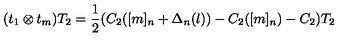
( t _ { 1 } \otimes t _ { m } ) T _ { 2 } = \frac { 1 } { 2 } ( C _ { 2 } ( [ m ] _ { n } + \Delta _ { n } ( l ) ) - C _ { 2 } ( [ m ] _ { n } ) - C _ { 2 } ) T _ { 2 }